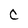
Character: C